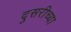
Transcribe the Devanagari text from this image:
दुसरीच्या